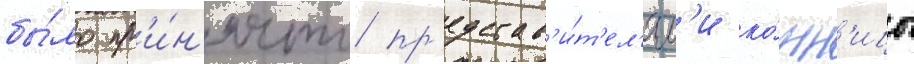
бы́ло пр'и́н'ято пр'едстав'и́т'ел'ям'и ко́нн'ицы